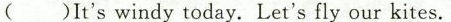
( )It'swindy today. Let's fly our kites.